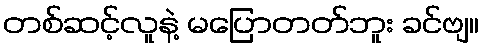
တစ်ဆင့်လူနဲ့ မပြောတတ်ဘူး ခင်ဗျ။